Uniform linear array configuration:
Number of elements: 24
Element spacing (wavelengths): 0.75
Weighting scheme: hamming
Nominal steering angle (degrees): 45
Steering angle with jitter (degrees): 46.268
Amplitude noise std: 0.05
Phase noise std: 0.05

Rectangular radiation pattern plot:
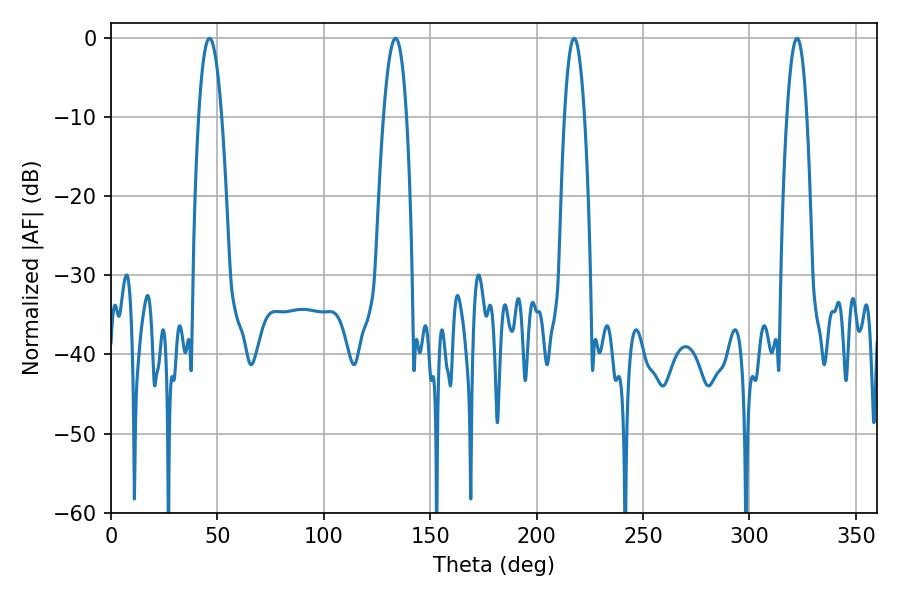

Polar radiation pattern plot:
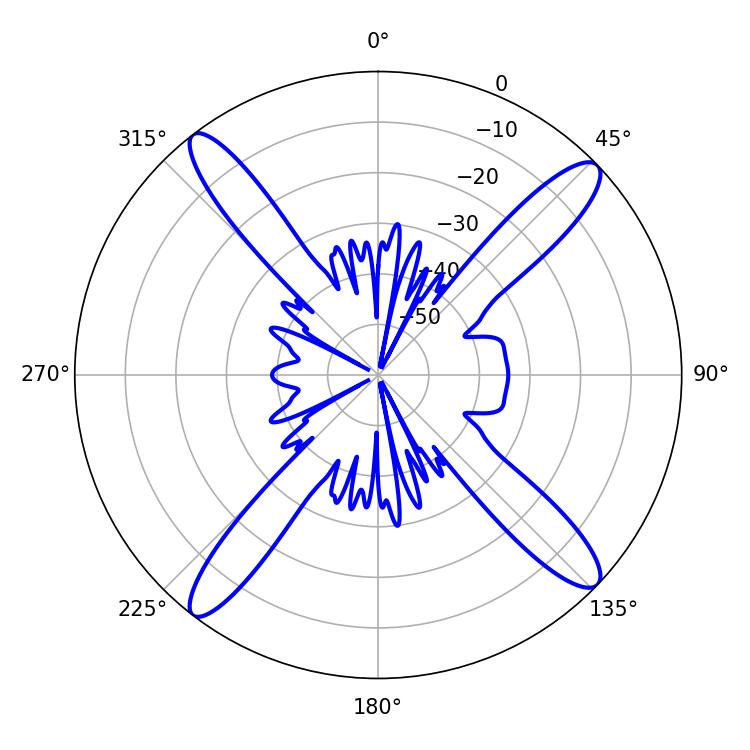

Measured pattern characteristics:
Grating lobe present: TRUE
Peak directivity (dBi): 16.625
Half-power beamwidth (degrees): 5.22
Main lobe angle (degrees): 217.62